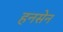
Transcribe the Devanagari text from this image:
हनसेन